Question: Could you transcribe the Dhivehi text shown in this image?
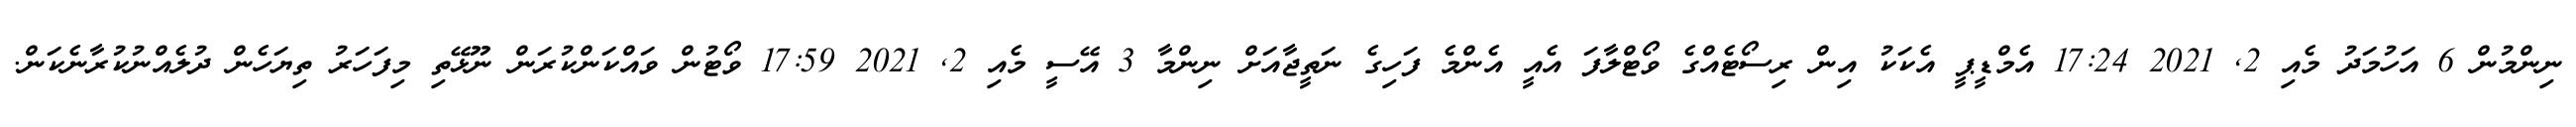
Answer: ނިންމުން 6 އަހުމަދު މެއި 2, 2021 17:24 އެމްޑީޕީ އެކަކު އިން ރިސޯޓެއްގެ ވޯޓްލާފަ އެއީ އެންމެ ފަހިގެ ނަތީޖާއަށް ނިންމާ 3 އޭސީ މެއި 2, 2021 17:59 ވޯޓުން ވައްކަންކުރަން ނޫޅޭތި މިފަހަރު ތިޔަހެން ދުލެއްނުކުރާނެކަން.